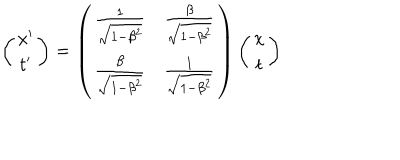
\left( \begin{array} { c } { { x ^ { \prime } } } \\ { { t ^ { \prime } } } \\ \end{array} \right) = \left( \begin{array} { c c } { { \frac { 1 } { \sqrt { 1 - \beta ^ { 2 } } } } } & { { \frac { \beta } { \sqrt { 1 - \beta ^ { 2 } } } } } \\ { { \frac { \beta } { \sqrt { 1 - \beta ^ { 2 } } } } } & { { \frac { 1 } { \sqrt { 1 - \beta ^ { 2 } } } } } \\ \end{array} \right) \left( \begin{array} { c } { { x } } \\ { { t } } \\ \end{array} \right)